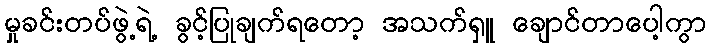
မှုခင်းတပ်ဖွဲ့ရဲ့ ခွင့်ပြုချက်ရတော့ အသက်ရှူ ချောင်တာပေါ့ကွာ